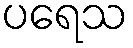
ပရေသ